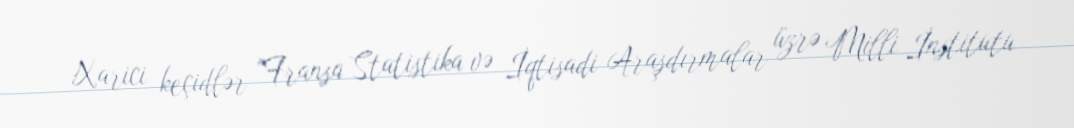
Xarici keçidlər "Fransa Statistika və İqtisadi Araşdırmalar üzrə Milli İnstitutu